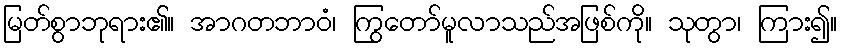
မြတ်စွာဘုရား၏။ အာဂတဘာဝံ၊ ကြွတော်မူလာသည်အဖြစ်ကို။ သုတွာ၊ ကြား၍။